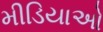
મીડિયાઓ